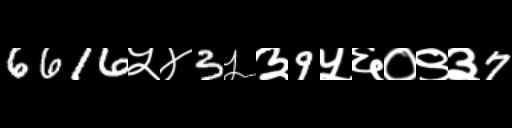
Text: 6616५४3५३9५६०९३7